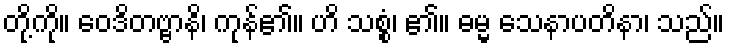
တို့ကို။ ဝေဒိတဗ္ဗာနိ၊ ကုန်၏။ ဟိ သစ္စံ၊ ၏။ ဓမ္မ သေနာပတိနာ၊ သည်။